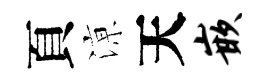
頁鿌天嵌